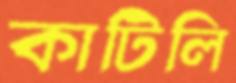
কাটিলি